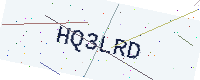
Text: HQ3LRD